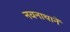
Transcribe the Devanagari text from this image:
नवनाथानें